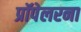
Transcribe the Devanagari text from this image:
प्रॉपेलरना